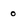
Character: 0